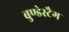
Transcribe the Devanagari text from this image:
बुण्डेस्टैग